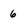
Character: 6